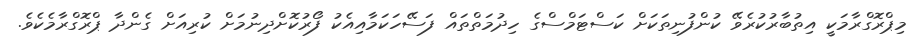
މިޕްރޮގްރާމަކީ އިތުބާރުކުރެވޭ ކުންފުނިތަކަށް ކަސްޓަމްސްގެ ހިދުމަތްތައް ފަސޭހަކަމާއިއެކު ފޯރުކޮށްދިނުމަށް ކުރިއަށް ގެންދާ ޕްރޮގްރާމެކެވެ.